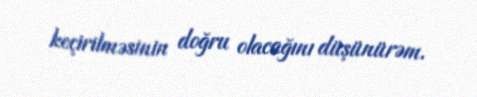
keçirilməsinin doğru olacağını düşünürəm.